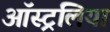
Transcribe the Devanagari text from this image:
ऑस्ट्रंलिया